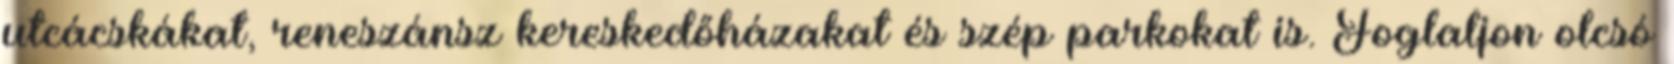
utcácskákat, reneszánsz kereskedőházakat és szép parkokat is. Foglaljon olcsó